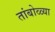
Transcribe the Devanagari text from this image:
तांबोळ्या